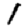
Digit: 1